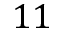
1 1